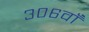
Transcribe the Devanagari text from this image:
३०६वाँ